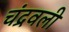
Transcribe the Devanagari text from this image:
चंद्रवली